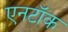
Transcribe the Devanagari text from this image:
एनटॉक